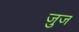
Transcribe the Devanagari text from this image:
जुज